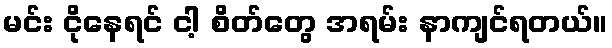
မင်း ငိုနေရင် ငါ့ စိတ်တွေ အရမ်း နာကျင်ရတယ်။